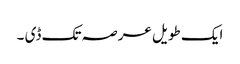
ایک طویل عرصہ تک ڈی ۔